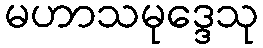
မဟာသမုဒ္ဒေသု